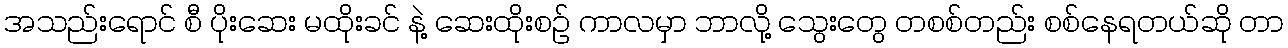
အသည်းရောင် စီ ပိုးဆေး မထိုးခင် နဲ့ ဆေးထိုးစဉ် ကာလမှာ ဘာလို့ သွေးတွေ တစစ်တည်း စစ်နေရတယ်ဆို တာ